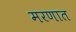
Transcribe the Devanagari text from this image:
मरणात